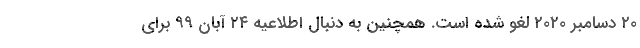
۲۰ دسامبر ۲۰۲۰ لغو شده است. همچنین به دنبال اطلاعیه ۲۴ آبان ۹۹ برای